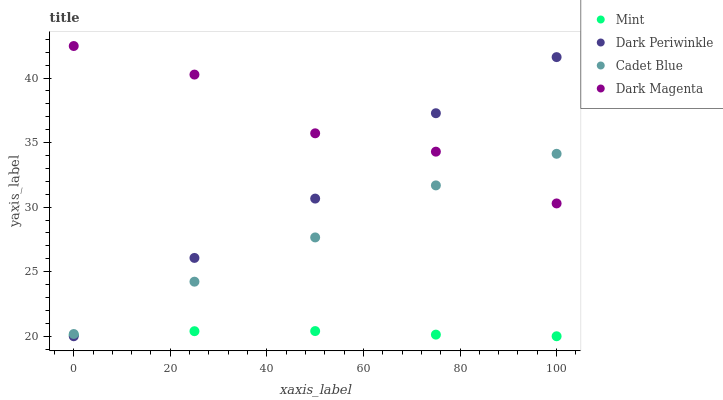
| xaxis_label | Mint | Dark Periwinkle | Cadet Blue | Dark Magenta |
 | --- | --- | --- | --- | --- |
 | 0 | 20.1 | 20 | 20.2 | 42.5 |
 | 25 | 20.4 | 26.1 | 24.2 | 40.3 |
 | 50 | 20.4 | 30.7 | 27.7 | 35.7 |
 | 75 | 20.1 | 37.3 | 31.7 | 34.3 |
 | 100 | 20 | 41.6 | 34.1 | 30.3 |